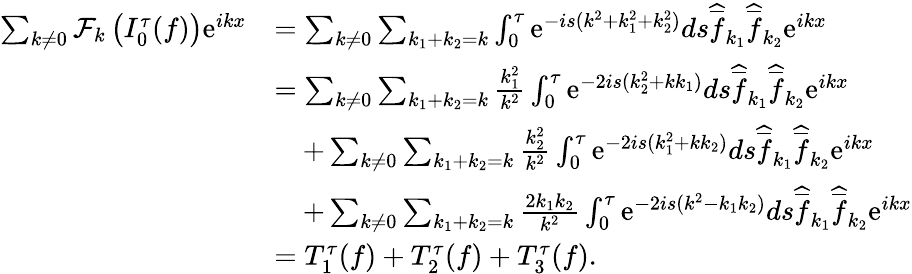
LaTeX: \begin{array}{rl}{\sum_{k\not=0}\mathcal{F}_{k}\left(I_{0}^{\tau}(f)\right)\mathrm{e}^{ikx}}&{=\sum_{k\not=0}\sum_{k_{1}+k_{2}=k}\int_{0}^{\tau}\mathrm{e}^{-is(k^{2}+k_{1}^{2}+k_{2}^{2})}ds\widehat{\overline{{f}}}_{k_{1}}\widehat{\overline{{f}}}_{k_{2}}\mathrm{e}^{ikx}}\\ &{=\sum_{k\not=0}\sum_{k_{1}+k_{2}=k}\frac{k_{1}^{2}}{k^{2}}\int_{0}^{\tau}\mathrm{e}^{-2is(k_{2}^{2}+kk_{1})}ds\widehat{\overline{{f}}}_{k_{1}}\widehat{\overline{{f}}}_{k_{2}}\mathrm{e}^{ikx}}\\ &{\quad+\sum_{k\not=0}\sum_{k_{1}+k_{2}=k}\frac{k_{2}^{2}}{k^{2}}\int_{0}^{\tau}\mathrm{e}^{-2is(k_{1}^{2}+kk_{2})}ds\widehat{\overline{{f}}}_{k_{1}}\widehat{\overline{{f}}}_{k_{2}}\mathrm{e}^{ikx}}\\ &{\quad+\sum_{k\not=0}\sum_{k_{1}+k_{2}=k}\frac{2k_{1}k_{2}}{k^{2}}\int_{0}^{\tau}\mathrm{e}^{-2is(k^{2}-k_{1}k_{2})}ds\widehat{\overline{{f}}}_{k_{1}}\widehat{\overline{{f}}}_{k_{2}}\mathrm{e}^{ikx}}\\ &{=T_{1}^{\tau}(f)+T_{2}^{\tau}(f)+T_{3}^{\tau}(f).}\end{array}